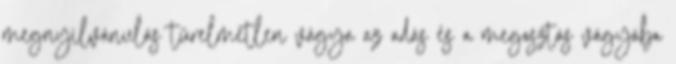
megnyilvánulás türelmetlen vágya az adás és a megosztás vágyába